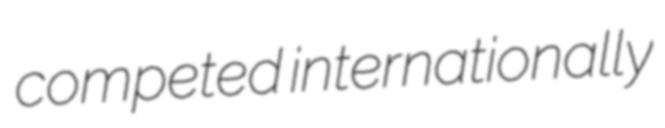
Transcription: competed internationally